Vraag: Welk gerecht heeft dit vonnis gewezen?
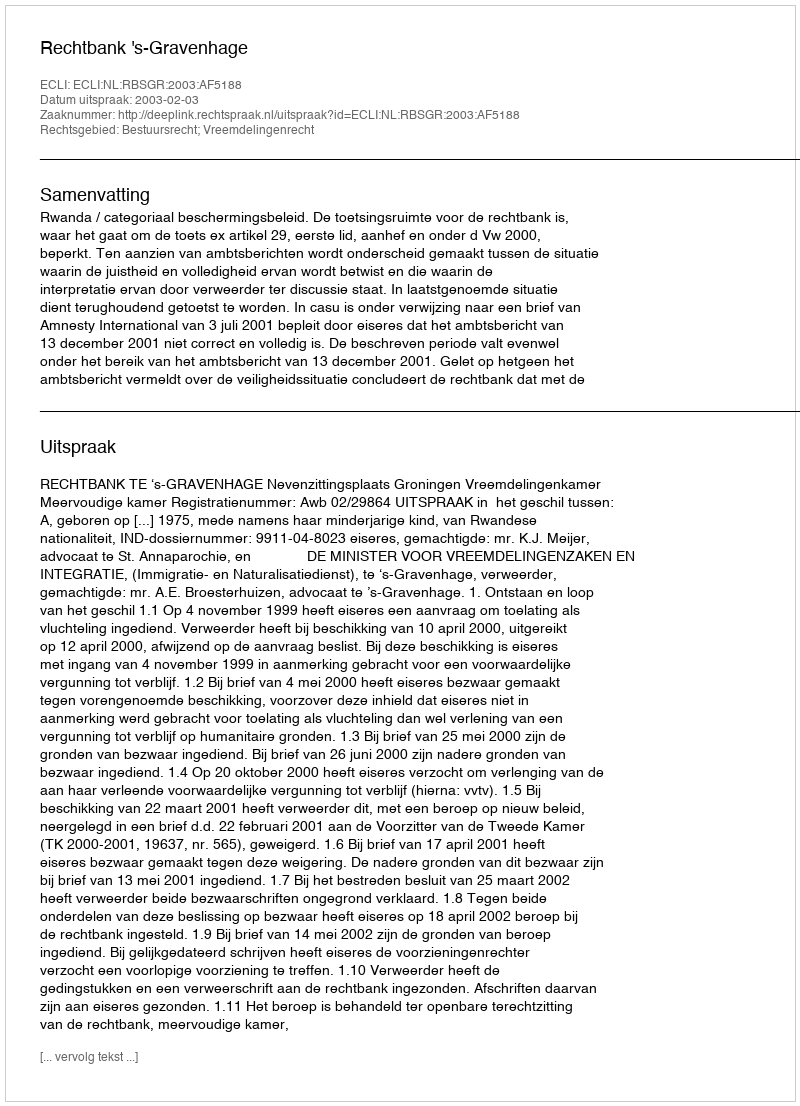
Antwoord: Rechtbank 's-Gravenhage